Report on vaccination proceedings throughout the Government of Bengal -
Year: 1868
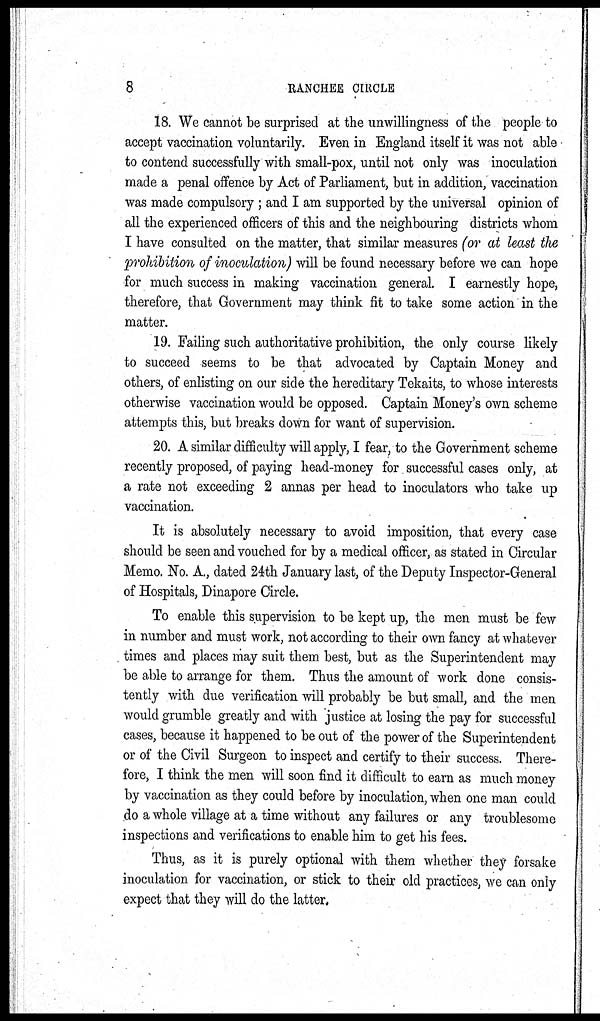
8
RANCHEE CIRCLE
18. We cannot be surprised at the unwillingness of the people to
accept vaccination voluntarily. Even in England itself it was not able
to contend successfully with small-pox, until not only was inoculation
made a penal offence by Act of Parliament, but in addition, vaccination
was made compulsory ; and I am supported by the universal opinion of
all the experienced officers of this and the neighbouring districts whom
I have consulted on the matter, that similar measures (or at least the
prohibition of inoculation) will be found necessary before we can hope
for much success in making vaccination general. I earnestly hope,
therefore, that Government may think fit to take some action in the
matter.
19. Failing such authoritative prohibition, the only course likely
to succeed seems to be that advocated by Captain Money and
others, of enlisting on our side the hereditary Tekaits, to whose interests
otherwise vaccination would be opposed. Captain Money's own scheme
attempts this, but breaks down for want of supervision.
20. A similar difficulty will apply, I fear, to the Government scheme
recently proposed, of paying head-money for successful cases only, at
a rate not exceeding 2 annas per head to inoculators who take up
vaccination.
It is absolutely necessary to avoid imposition, that every case
should be seen and vouched for by a medical officer, as stated in Circular
Memo. No. A., dated 24th January last, of the Deputy Inspector-General
of Hospitals, Dinapore Circle.
To enable this supervision to be kept up, the men must be few
in number and must work, not according to their own fancy at whatever
times and places may suit them best, but as the Superintendent may
be able to arrange for them. Thus the amount of work done consis-
tently with due verification will probably be but small, and the men
would grumble greatly and with justice at losing the pay for successful
cases, because it happened to be out of the power of the Superintendent
or of the Civil Surgeon to inspect and certify to their success. There-
fore, I think the men will soon find it difficult to earn as much money
by vaccination as they could before by inoculation, when one man could
do a whole village at a time without any failures or any troublesome
inspections and verifications to enable him to get his fees.
Thus, as it is purely optional with them whether they forsake
inoculation for vaccination, or stick to their old practices, we can only
expect that they will do the latter.